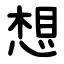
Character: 想